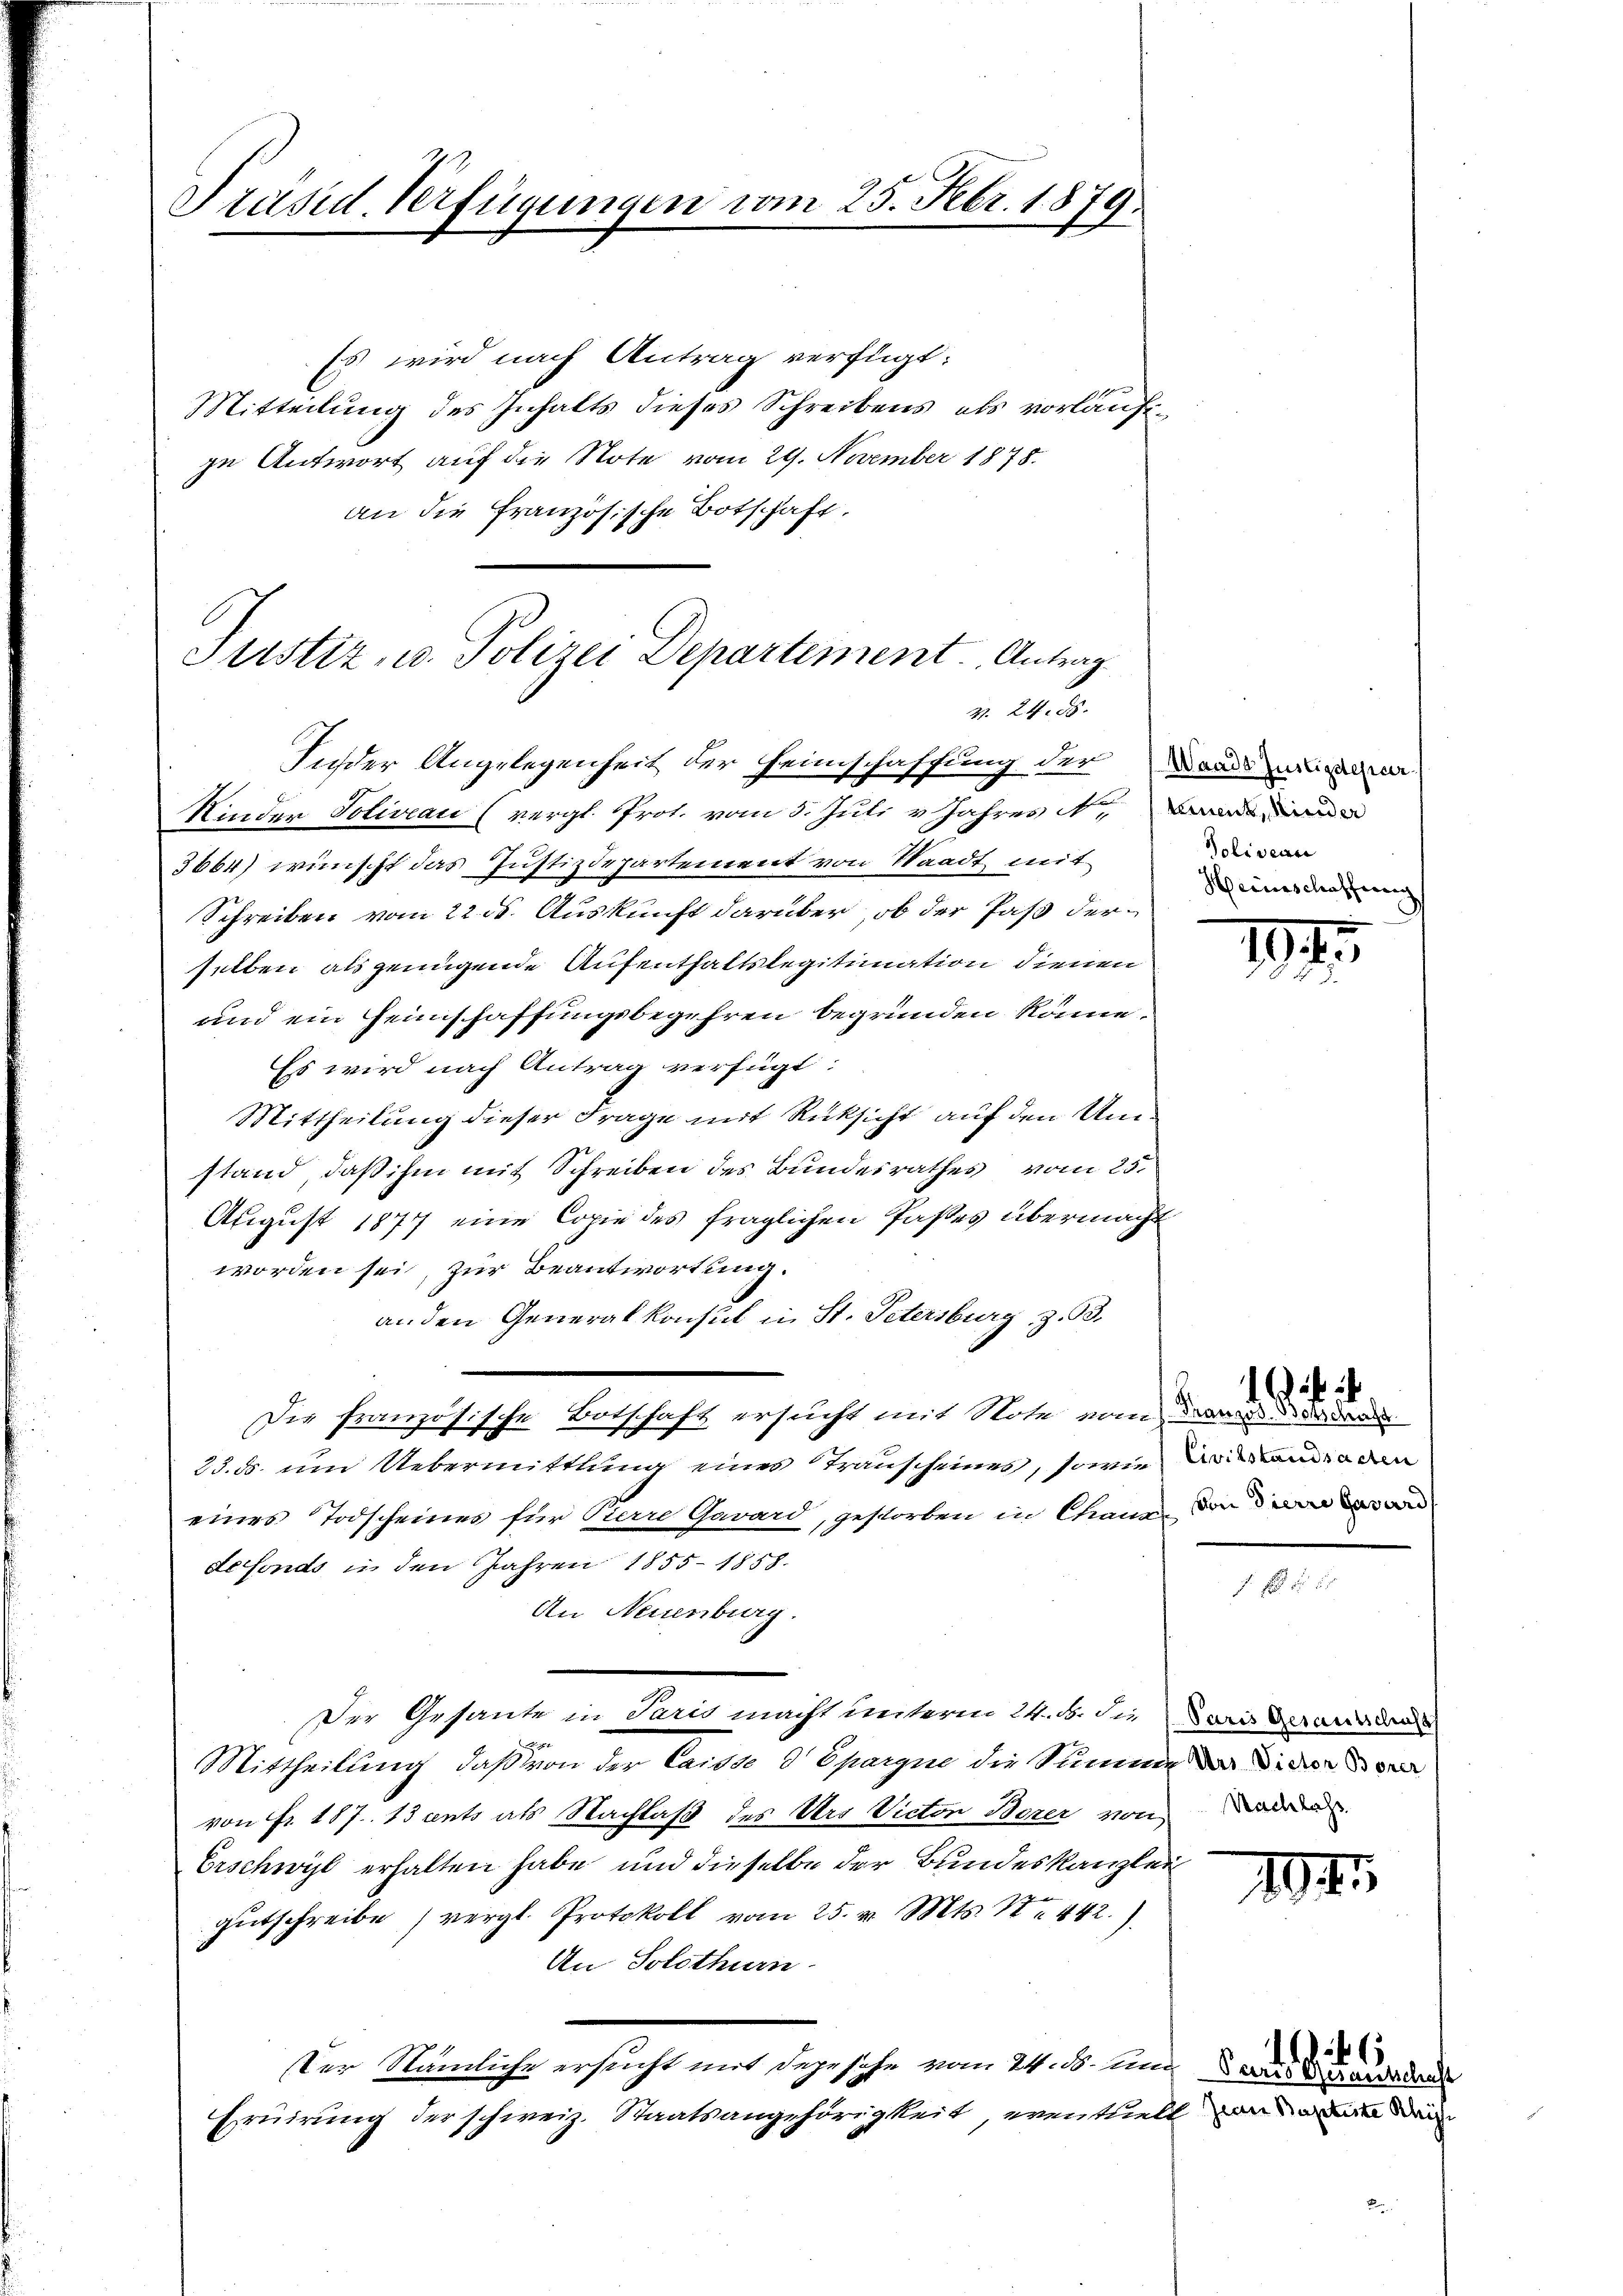
Präsid. Verfügungen vom 25. Febr. 1879.

Es wird nach Antrag verfügt:
Mitteilung des Inhalts dieses Schreibens als vorläufig
ze Antwort auf die Note vom 29. November 1878.
an die Französische Botschaft.

Justiz, u. Polizei Departement. Antrag
37. 24. ds.
Insder Angelegenheit der Heimschaffung der Daue

Kinden Soliveau (vergl. Prot. vom 3. Juli v. Jahres an
3664) wünscht das Justizdepartement von Staadt mit
Schreiben vom 22. ds. Auskunft darüber, ob der Paß derselben als genügende Aufenthaltslegitimation dienen
und ein Heimschaffungsbegehren begründen könne.
Es wird nach Antrag verfügt:
Mittheilung dieser Frage mit Rücksicht auf den Umstand, daß ihm mit Schreiben des Bundesrathes vom 25.
August 1877 eine Copie des fraglichen Paßes übermacht
worden sei, zur Beantwortung.
an den Generalkonsul in St. Petersburg z. 33.
Die französische Botschaft ersucht mit Note vom der de
23. ds. um Uebermittlung eines Trauscheines, sowie in den
eines Todscheines für Pierre Garard, gestorben in Caur, die d
defonds in den Jahren 1855 - 1858.
An Neuenburg.
Der Gesante in Paris macht unterm 24. d. Sie dari
Mittheilung, daß von der Casse d Spargie die Stimme der Sider den
von Fr. 187. 13 ents als Nachlaß des Urs Victor Borer von
Erschwyl erhalten habe und dieselbe der Bundeskanzlei
gutschreibe (vergl. Protokoll vom 25. v. Mts. S. 442.)
An Solothurn.
ster Nämliche ersucht mit dazusehe vom 24. d. und den
Eruirung der schweiz. Staatsangehörigkeit, eventuell an de

Soliveau
Heiinschaffung

1

E

Nachlass

19